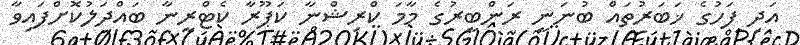
އަދި ފަހުގެ ޚަބަރުތައް ބުނަނީ ރަންބީރުގެ މާމަ ކްރިޝްނާ ކަޕޫރާ ކެޓްރީނާ ބައްދަލުކޮށްފައިވާ